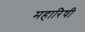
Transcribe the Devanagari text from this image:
महारिषी